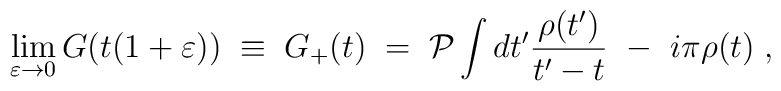
\lim_{\varepsilon \rightarrow 0} G(t(1+\varepsilon)) \; \equiv \;G_+(t) \; = \; {\cal P}\int dt'\frac{\rho(t')}{t'-t}~-~i\pi\rho(t) \; ,